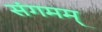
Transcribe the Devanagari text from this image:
संगमम्